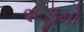
૧૬૩મો